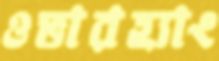
ওভারহ্যাং